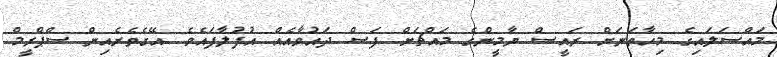
މައްސަލައިގެ މިހާތަނަށް ރައީސް ޔާމީންގެ މައްޗަށް ފަސް ދައުވާއެއް އުފުލާފައެވެ. އޭގެތެރެއިން ސްޕްރީމް